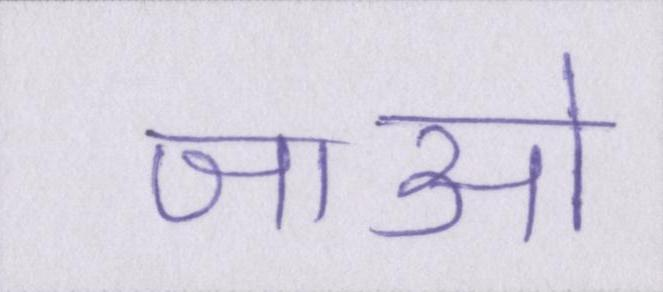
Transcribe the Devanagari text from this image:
जाओ